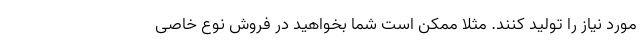
مورد نیاز را تولید کنند. مثلاً ممکن است شما بخواهید در فروش نوع خاصی